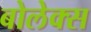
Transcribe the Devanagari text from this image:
बोलेक्स